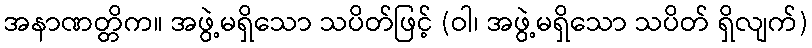
အနာဏတ္တိက။ အဖွဲ့မရှိသော သပိတ်ဖြင့် (ဝါ၊ အဖွဲ့မရှိသော သပိတ် ရှိလျက်)